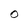
Character: 0